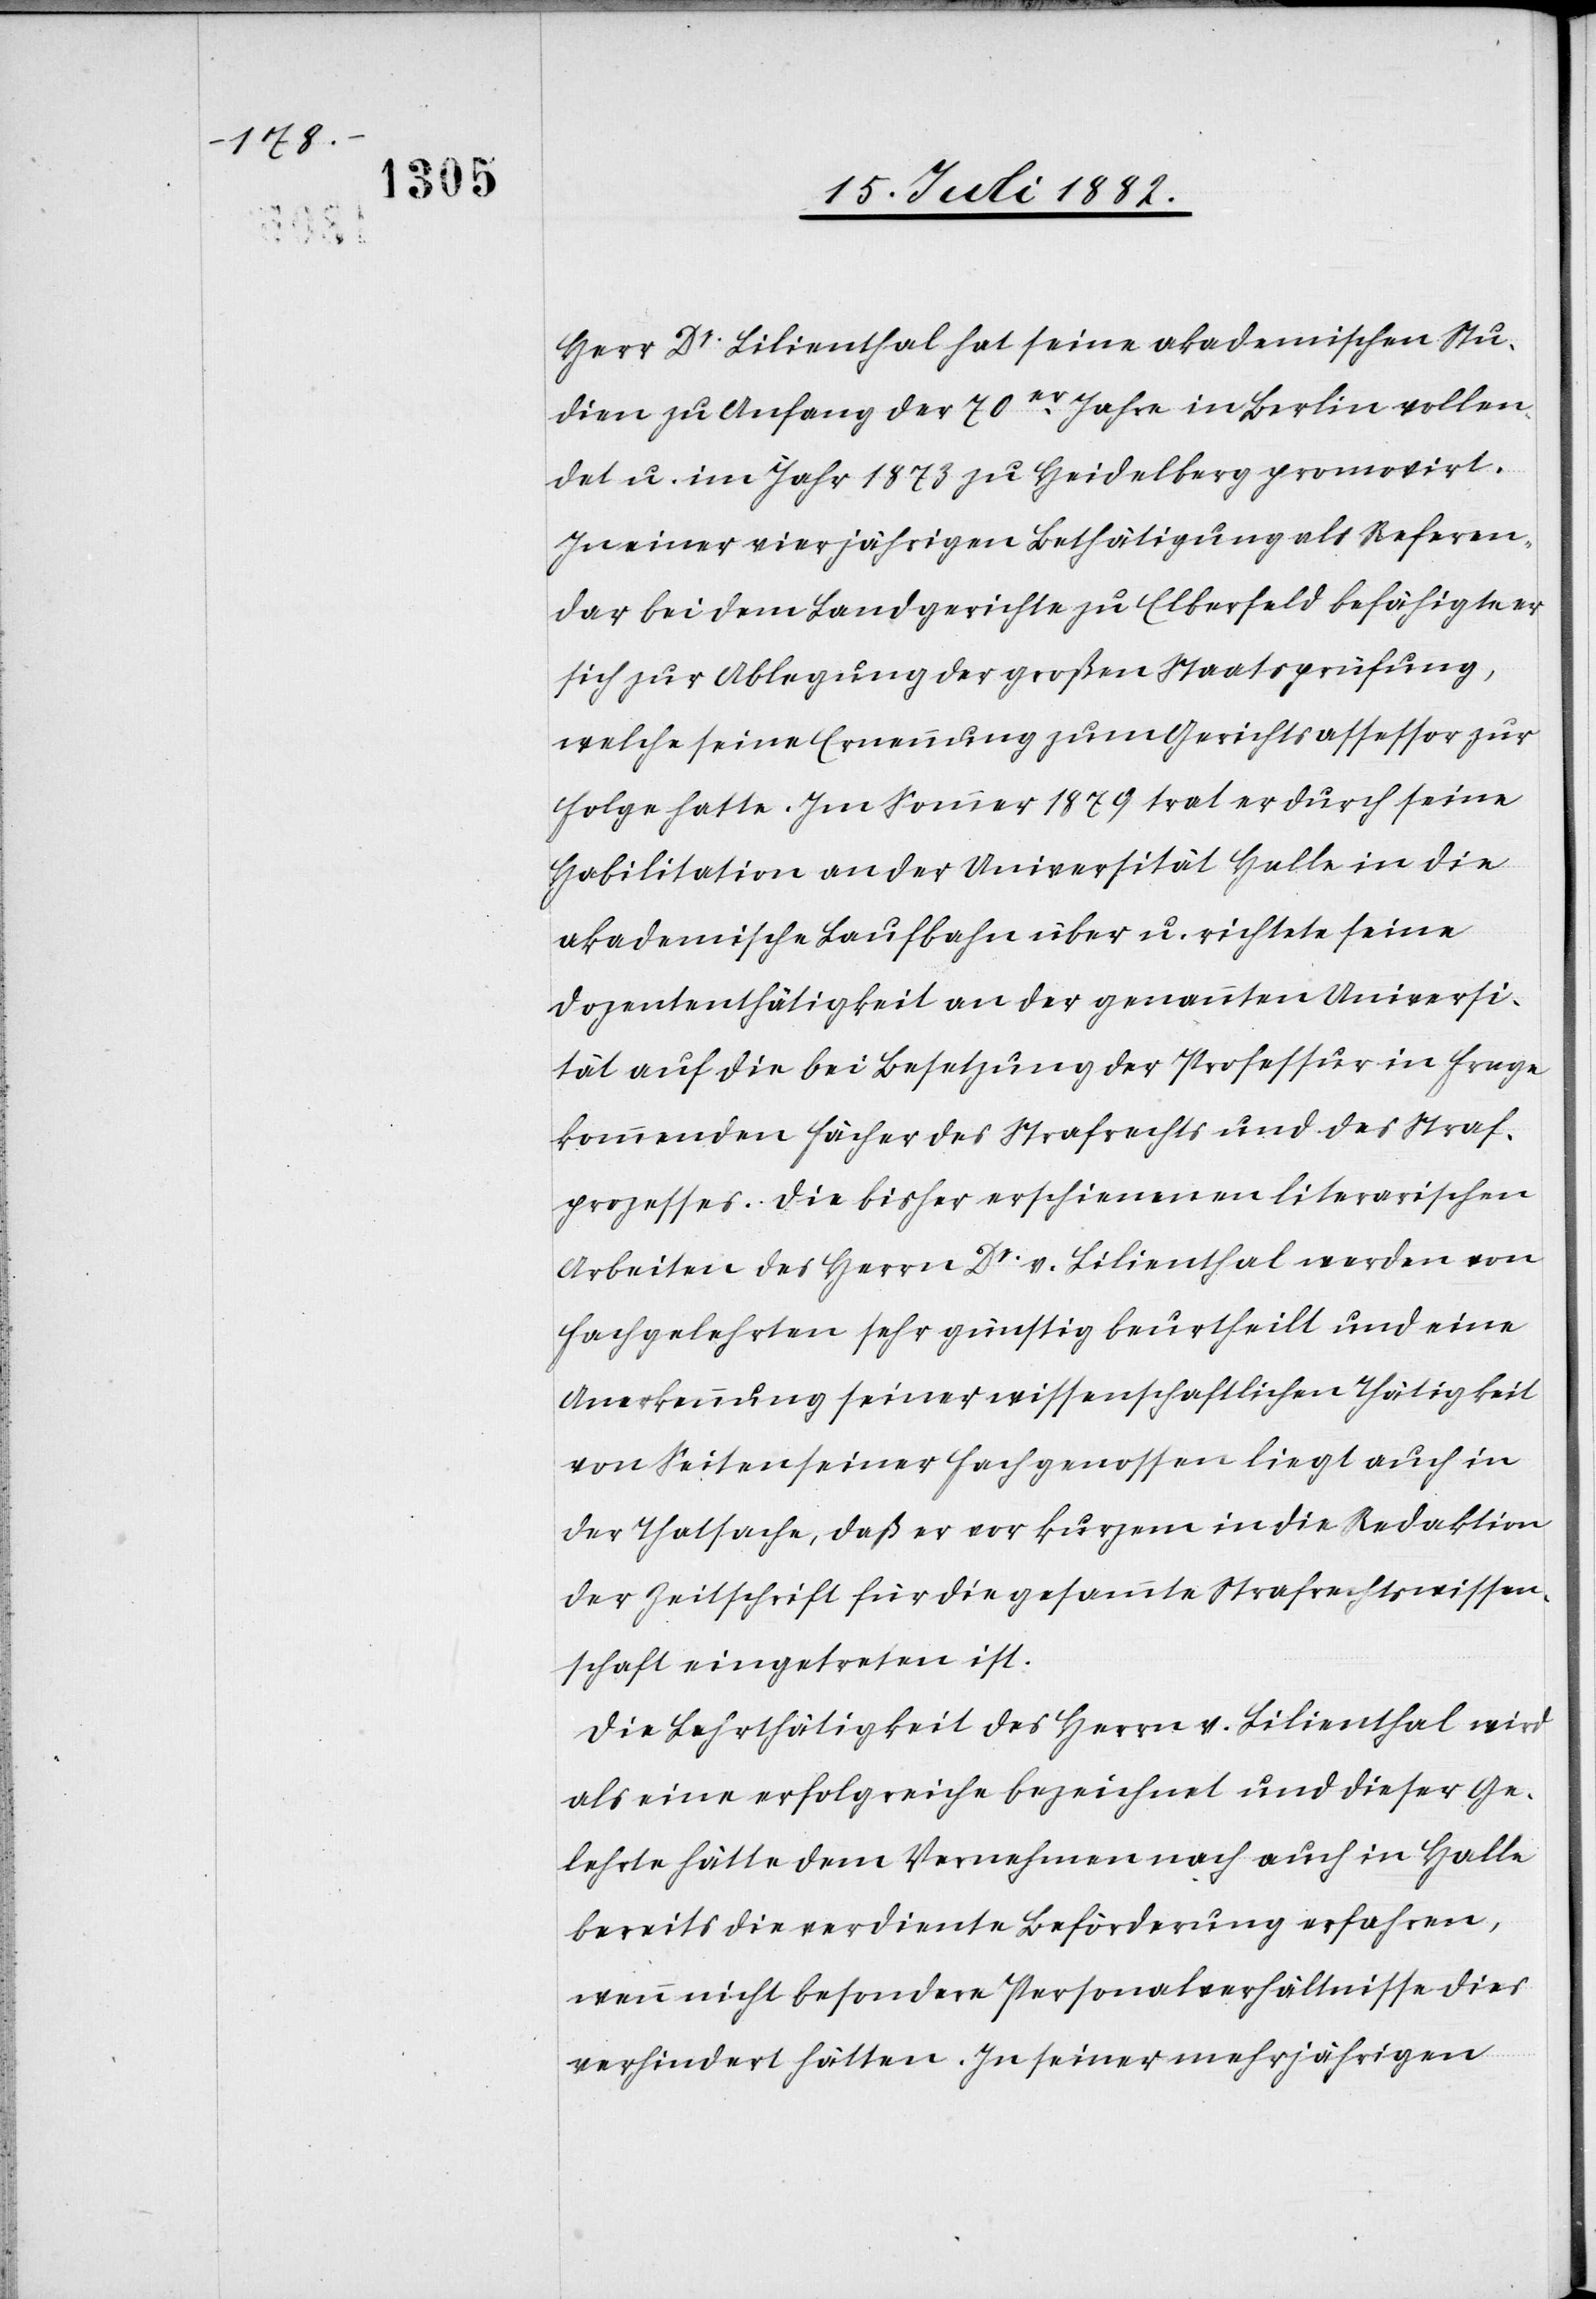
Herr Dr Lilienthal hat seine akademischen Stu¬
dien zu Anfang der 70er Jahre in Berlin vollen¬
det u. im Jahr 1873 zu Heidelberg promovirt.
In einer vierjährigen Bethätigung als Referen¬
dar bei dem Landgerichte zu Elberfeld befähigte er
sich zur Ablegung der großen Staatsprüfung,
welche seine Ernennung zum Gerichtsassessor zur
Folge hatte. Im Sommer 1879 trat er durch seine
Habilitation an der Universität Halle in die
akademische Laufbahn über u. richtete seine
Dozententhätigkeit an der genannten Universi¬
tät auf die bei Besetzung der Professur in Frage
kommenden Fächer des Strafrechts und des Straf¬
prozesses. Die bisher erschienenen literarischen
Arbeiten des Herrn Dr v. Lilienthal werden von
Fachgelehrten sehr günstig beurtheilt und eine
Anerkennung seiner wissenschaftlichen Thätigkeit
von Seiten seiner Fachgenossen liegt auch in
der Thatsache, daß er vor kurzem in die Redaktion
der Zeitschrift für die gesammte Strafrechtswissen¬
schaft eingetreten ist.
Die Lehrthätigkeit des Herrn v. Lilienthal wird
als eine erfolgreiche bezeichnet und dieser Ge¬
lehrte hätte dem Vernehmen nach auch in Halle
bereits die verdiente Beförderung erfahren,
wenn nicht besondere Personalverhältnisse dies
verhindert hätten. In seiner mehrjährigen